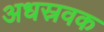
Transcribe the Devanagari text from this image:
अधस्रवक